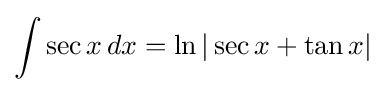
\int \sec x\,dx=\ln |\sec x+\tan x|